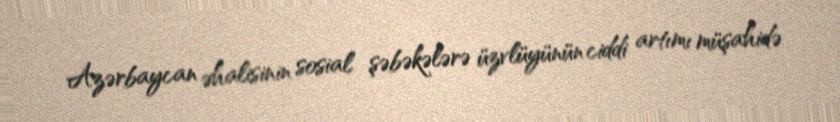
Azərbaycan əhalisinin sosial şəbəkələrə üzvlüyünün ciddi artımı müşahidə